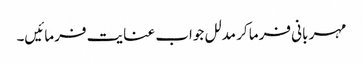
مہر بانی فرما کر مدلل جواب عنایت فرمائیں۔